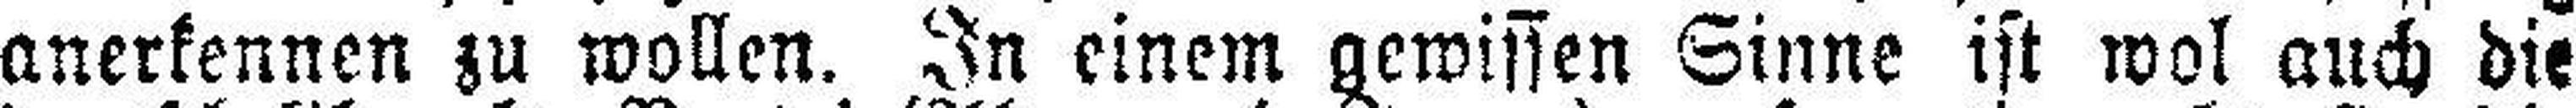
anerkennen zu wollen. In einem gewissen Sinne ist wol auch die